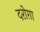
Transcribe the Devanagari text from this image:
दरोग़ा